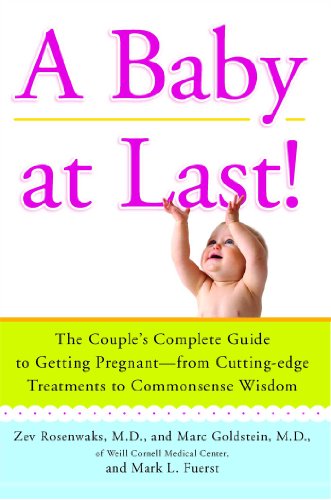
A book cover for A Baby at Last!: The Couple's Complete Guide to Getting Pregnant--from Cutting-Edge Treatments to Commonsense Wisdom; Zev Rosenwaks; Parenting & Relationships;